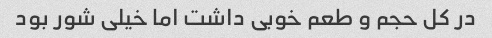
در کل حجم و طعم خوبی داشت اما خیلی شور بود